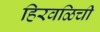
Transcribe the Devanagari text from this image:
हिरवळिची